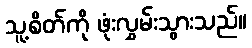
သူ့စိတ်ကို ဖုံးလွှမ်းသွားသည်။